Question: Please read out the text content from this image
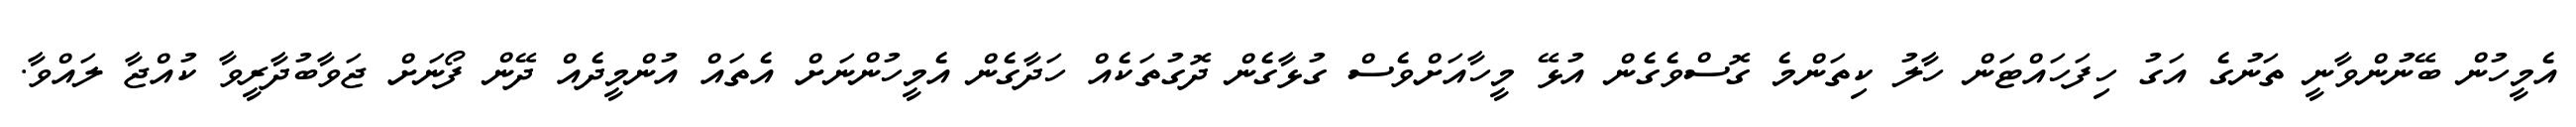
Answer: އެމީހުން ބޭނުންވާނީ ތަނުގެ އަގު ހިފަހައްޓަން ހާލު ކިތަންމެ ގޮސްވެގެން އުޅޭ މީހާއަށްވެސް ގުޅާގެން ދޮގުތަކެއް ހަދާގެން އެމީހުންނަށް އެތައް އުންމީދެއް ދޭން ފޯނަށް ޖަވާބުދާރީވާ ކުއްޖާ ލައްވާ.